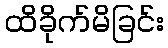
ထိခိုက်မိခြင်း